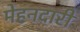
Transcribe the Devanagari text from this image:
मेहनदारी